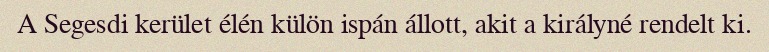
A Segesdi kerület élén külön ispán állott, akit a királyné rendelt ki.